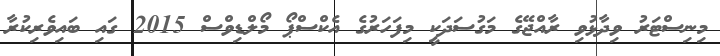
މިނިސްޓަރު ވިދާޅުވި ރާއްޖޭގެ މަގުސަދަކީ މިފަހަރުގެ އެކްސްޕޯ މޯލްޑިވްސް 2015 ގައި ބައިވެރިކުރާ